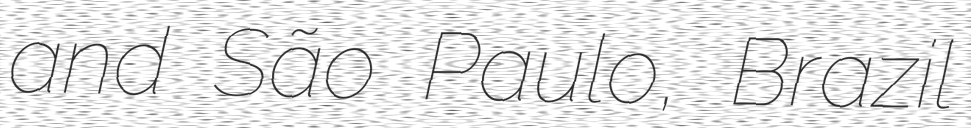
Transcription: and São Paulo, Brazil